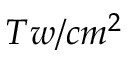
T w / c m ^ { 2 }